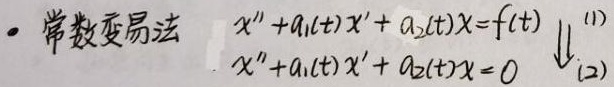
- 常数变易法
$
\begin{align}
x'' + a_1(t)x' + a_2(t)x &= f(t) \quad (1)\\
x'' + a_1(t)x' + a_2(t)x &= 0 \quad (2)
\end{align}
$